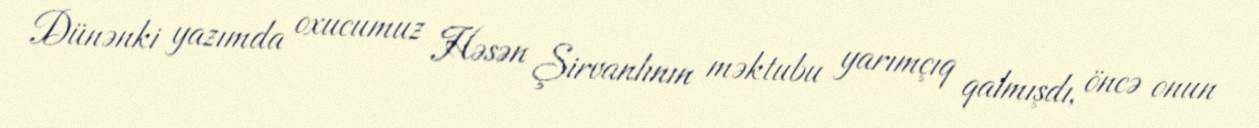
Dünənki yazımda oxucumuz Həsən Şirvanlının məktubu yarımçıq qalmışdı, öncə onun